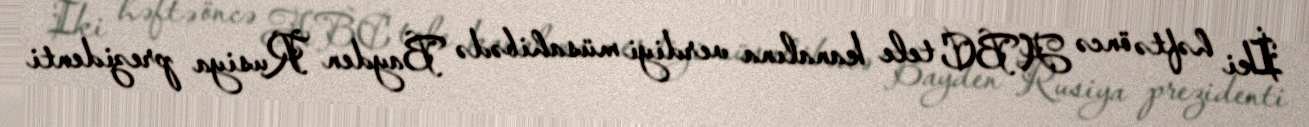
İki həftə öncə ABC tele kanalına verdiyi müsahibədə Bayden Rusiya prezidenti